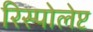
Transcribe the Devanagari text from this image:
रिस्पोलेप्ट